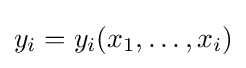
y_{i}=y_{i}(x_{1},\ldots ,x_{i})